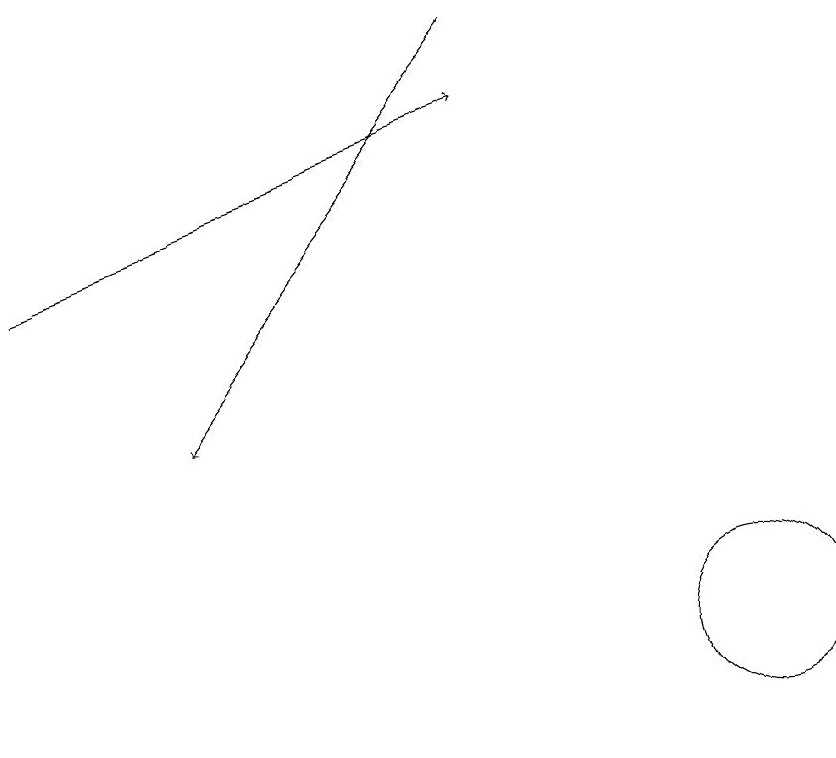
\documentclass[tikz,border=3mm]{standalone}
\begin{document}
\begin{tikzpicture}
\draw[->] (7,18) -- (3,13);
\draw[->] (1,15) -- (7,17);
\draw (10,10) circle (1);
\draw (11,10) circle (0);
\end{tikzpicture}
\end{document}